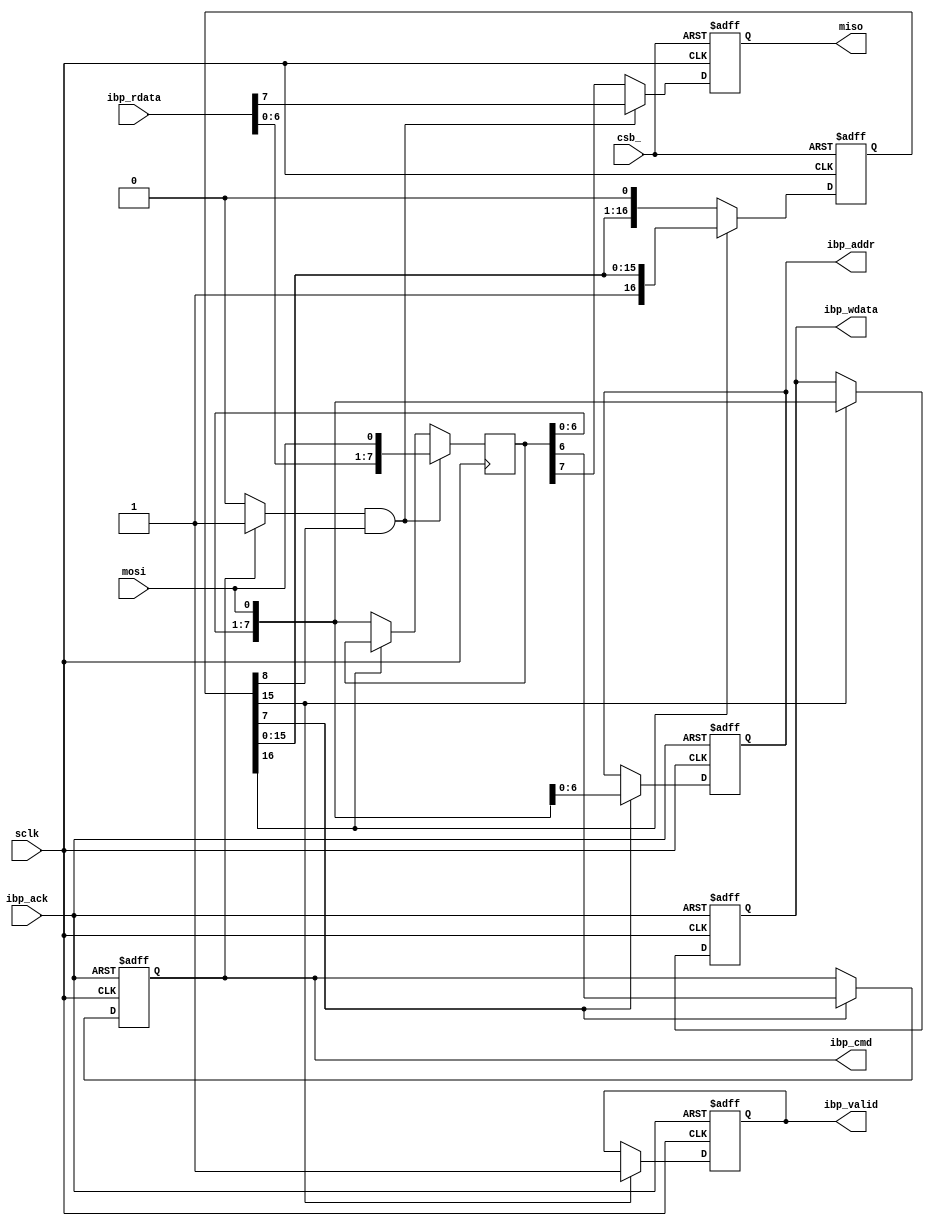
/*************************************************************************
 > Copyright (C) 2022 Sangfor Ltd. All rights reserved.
 > File Name   : spi_slave.v
 > Author      : 
 > Mail        :  
 > Created Time: Thu 01 Dec 2022 09:57:16 AM CST
 ************************************************************************/
 
// ibp_* : internal bus protocol
// * Read operation:
//    ibp_cmd and ibp_addr is valid when ibp_valid is set. At the same time, 
//                 ______         ______        ___
//  spi_clk  : ___/      \_______/      \______/
//                      | here the ibp_rdata must be already (before the falling edge of sclk). 
//                      __________
//  ibp_rdata: ________/data ready\_______
//                  _____________________
//  ibp_cmd  : ____/  Read      \_________
//                  ____________________
//  ibp_addr : ____/ addr       \_______
//

// * Write operation:
//                 ____      _______         ___
//  spi_clk  : ___/    \____/x-clock\_______/
//                 ______________________________
//  ibp_cmd  : ___/  Read                   \_________
//                _______________________________
//  ibp_addr : ___/ addr                    \_______
//                                           __________
//  ibp_wdata: _____________________________/data ready\_______
//                                           ____________
//  ibp_valid: _____________________________/            \_______

//                                                       ____________
//  ibp_ack  : _________________________________________/            \_______
// 
//  ibp_ack is driven by another clock domain. 

// SPI timing :
// data change  at falling edge on output direction
// data sample at rising edge on input direction

//            _____                                                  ______
//  spi_csb  :     \________________________________________________/
//                 ____      ____      ____      ____      ____      _______
//  spi_clk  : ___/    \____/    \____/    \____/    \____/    \____/    
//                          _________           _________            _______
//  spi_mosi : ___X________/ new bit \_new_bit_/ new bit \_new bit__/new bit
//                      _________           _________            _______
//  spi_miso : ___X____/ new bit \_new_bit_/ new bit \_new bit__/new bit

module spi_slave_inf(
    input  wire       csb_,
    input  wire       sclk,
    input  wire       mosi,
    output reg        miso,
    //
    output wire        ibp_cmd   ,
    output wire [6:0]  ibp_addr  ,
    output wire [7:0]  ibp_wdata ,
    output wire        ibp_valid ,
    input  wire        ibp_ack   , 
    input  wire [7:0]  ibp_rdata
);

    parameter cShiftFlagInit  = 1;
    parameter cShiftRegWidth  = 8;
    localparam cShiftFlagWidth = cShiftRegWidth * 2  + 1;

    parameter cReadCmd        = 1'h1;

    reg [cShiftRegWidth-1:0]  shift_reg;
    reg [cShiftFlagWidth-1:0] shift_flag;

    reg                       spi_cmd_code;
    reg [6:0]                 spi_cmd_addr;
    reg [7:0]                 spi_cmd_wdata;
    reg                       spi_cmd_valid;
    wire                       read_cmd ;

    // Simultaneous serialize outgoing data & deserialize incoming data. MSB first
    always@(posedge sclk) begin
        if(shift_flag[cShiftRegWidth] & read_cmd) begin
            shift_reg <= {ibp_rdata[cShiftRegWidth-2:0],mosi};
        end else if(~shift_flag[cShiftFlagWidth-1])begin
            shift_reg <= {shift_reg[cShiftRegWidth-1:0],mosi};
        end
    end

    // output data in serially @ falling edge of sys_clock_i. MSB first
 `ifdef SpiDaisyChain   
    always@(negedge sclk) begin
        if(read_cmd & shift_flag[cShiftRegWidth]) begin
            miso <= ibp_rdata[cShiftRegWidth-1];
        end else begin 
            miso <= shift_reg[cShiftRegWidth-1];
        end
    end
`else
    always@(negedge sclk, posedge csb_) begin
        if(csb_) begin
            miso <= 1'b1;
        end else if(read_cmd & shift_flag[cShiftRegWidth]) begin
            miso <= ibp_rdata[cShiftRegWidth-1];
        end else begin 
            miso <= shift_reg[cShiftRegWidth-1];
        end
    end
`endif
    
    // Generate shift flag signal
    always@(posedge sclk, posedge csb_) begin
        if(csb_) begin
            shift_flag <= cShiftFlagInit;
        end else if(~shift_flag[cShiftFlagWidth-1]) begin
            shift_flag <= {shift_flag[cShiftFlagWidth-2:0],shift_flag[cShiftFlagWidth-1]};
        end
    end

    // internal bus protocol command and address output
    always@(posedge sclk, posedge ibp_ack) begin
        if(ibp_ack) begin
            spi_cmd_code <= 0;
            spi_cmd_addr <= 0;
        end else begin
            if(shift_flag[cShiftRegWidth-1]) begin
                spi_cmd_code <= shift_reg[6];
                spi_cmd_addr <= {shift_reg[5:0], mosi};
            end
        end
    end

    // internal bus protocol data and valid output
    always@(posedge sclk, posedge ibp_ack) begin
        if(ibp_ack) begin
            spi_cmd_valid <= 1'b0;
            spi_cmd_wdata <= 8'h0;
        end else begin
            if(shift_flag[cShiftRegWidth*2-1]) begin
                spi_cmd_valid <= shift_flag[cShiftRegWidth*2-1];
                spi_cmd_wdata <= {shift_reg[6:0], mosi};
            end
        end
    end

    assign read_cmd  = (spi_cmd_code==cReadCmd) ? 1'b1: 1'b0;
    assign ibp_cmd   = spi_cmd_code;
    assign ibp_addr  = spi_cmd_addr;
    assign ibp_wdata = spi_cmd_wdata;
    assign ibp_valid = spi_cmd_valid;
endmodule